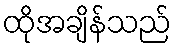
ထိုအချိန်သည်